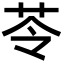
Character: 苓